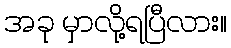
အခု မှာလို့ရပြီလား။